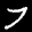
Label: 7